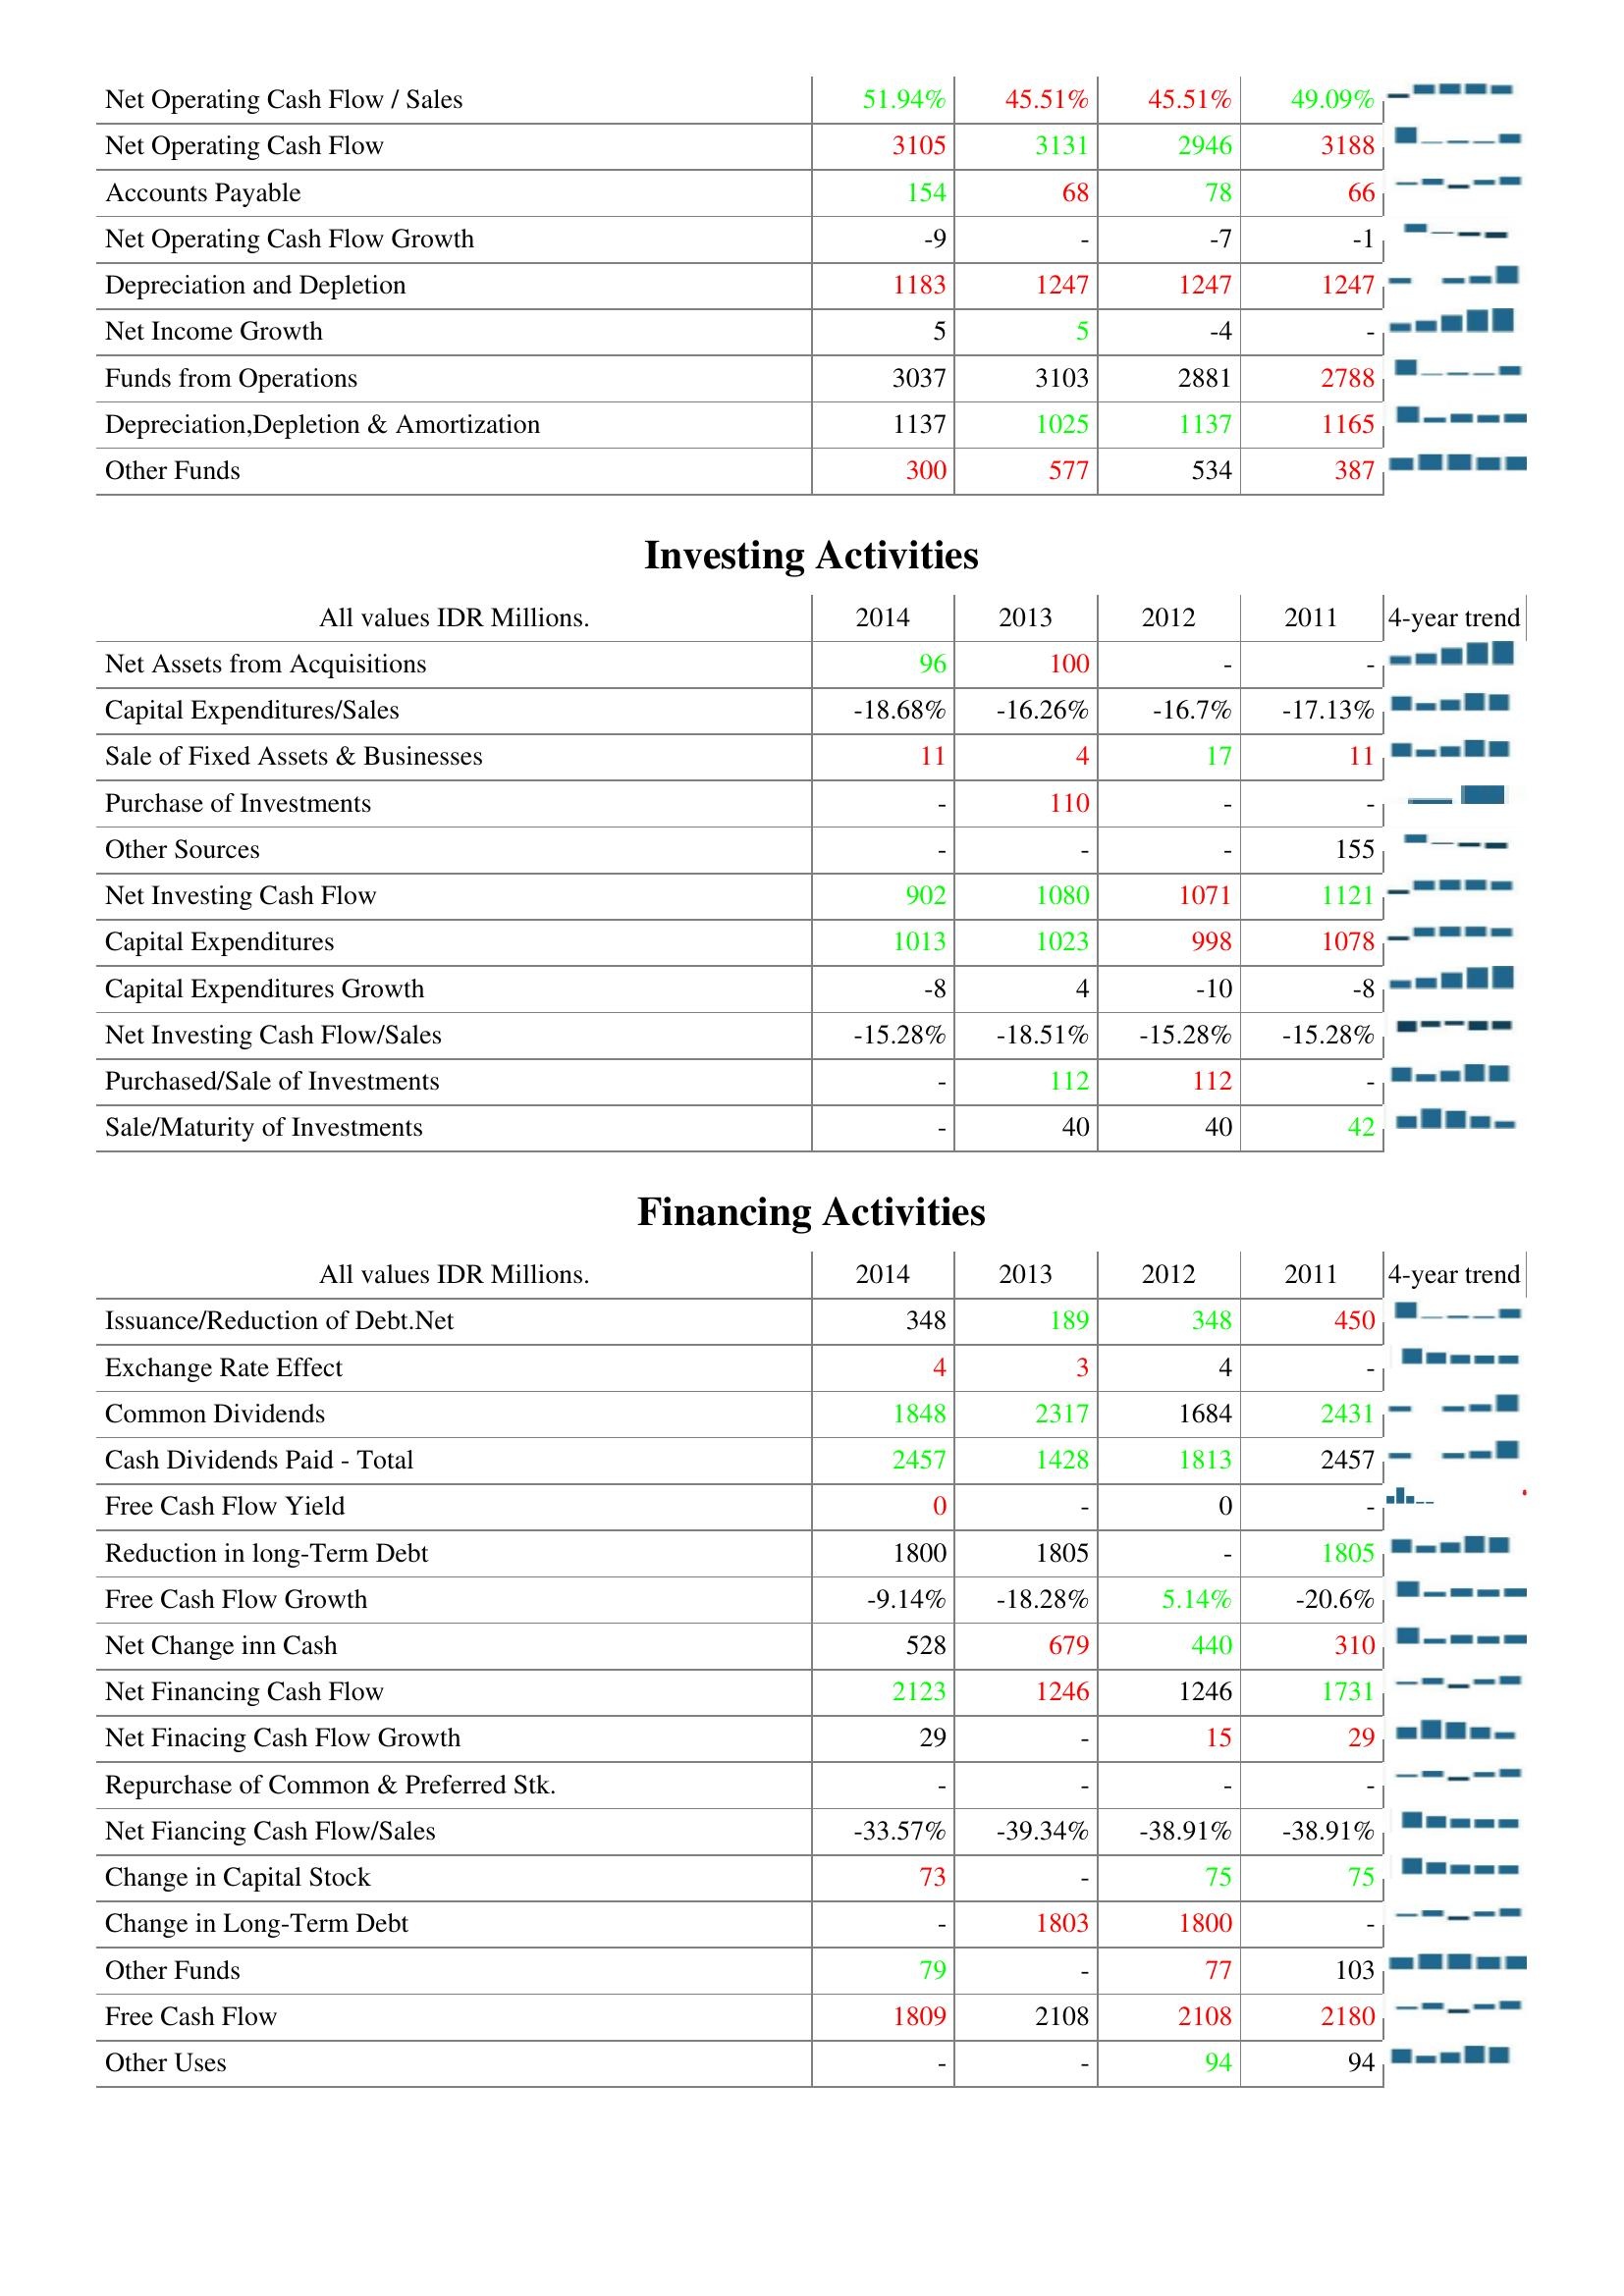
2014: Operating Activities: Net Operating Cash Flow / Sales: 51.94%
Net Operating Cash Flow: 3105
Accounts Payable: 154
Net Operating Cash Flow Growth: -9
Depreciation and Depletion: 1183
Net Income Growth: 5
Funds from Operations: 3037
Depreciation,Depletion & Amortization: 1137
Other Funds: 300
Investing Activities: Net Assets from Acquisitions: 96
Capital Expenditures/Sales: -18.68%
Sale of Fixed Assets & Businesses: 11
Purchase of Investments: -
Other Sources: -
Net Investing Cash Flow: 902
Capital Expenditures: 1013
Capital Expenditures Growth: -8
Net Investing Cash Flow/Sales: -15.28%
Purchased/Sale of Investments: -
Sale/Maturity of Investments: -
Financing Activities: Issuance/Reduction of Debt.Net: 348
Exchange Rate Effect: 4
Common Dividends: 1848
Cash Dividends Paid - Total: 2457
Free Cash Flow Yield: 0
Reduction in long-Term Debt: 1800
Free Cash Flow Growth: -9.14%
Net Change inn Cash: 528
Net Financing Cash Flow: 2123
Net Finacing Cash Flow Growth: 29
Repurchase of Common & Preferred Stk.: -
Net Fiancing Cash Flow/Sales: -33.57%
Change in Capital Stock: 73
Change in Long-Term Debt: -
Other Funds: 79
Free Cash Flow: 1809
Other Uses: -
2013: Operating Activities: Net Operating Cash Flow / Sales: 45.51%
Net Operating Cash Flow: 3131
Accounts Payable: 68
Net Operating Cash Flow Growth: -
Depreciation and Depletion: 1247
Net Income Growth: 5
Funds from Operations: 3103
Depreciation,Depletion & Amortization: 1025
Other Funds: 577
Investing Activities: Net Assets from Acquisitions: 100
Capital Expenditures/Sales: -16.26%
Sale of Fixed Assets & Businesses: 4
Purchase of Investments: 110
Other Sources: -
Net Investing Cash Flow: 1080
Capital Expenditures: 1023
Capital Expenditures Growth: 4
Net Investing Cash Flow/Sales: -18.51%
Purchased/Sale of Investments: 112
Sale/Maturity of Investments: 40
Financing Activities: Issuance/Reduction of Debt.Net: 189
Exchange Rate Effect: 3
Common Dividends: 2317
Cash Dividends Paid - Total: 1428
Free Cash Flow Yield: -
Reduction in long-Term Debt: 1805
Free Cash Flow Growth: -18.28%
Net Change inn Cash: 679
Net Financing Cash Flow: 1246
Net Finacing Cash Flow Growth: -
Repurchase of Common & Preferred Stk.: -
Net Fiancing Cash Flow/Sales: -39.34%
Change in Capital Stock: -
Change in Long-Term Debt: 1803
Other Funds: -
Free Cash Flow: 2108
Other Uses: -
2012: Operating Activities: Net Operating Cash Flow / Sales: 45.51%
Net Operating Cash Flow: 2946
Accounts Payable: 78
Net Operating Cash Flow Growth: -7
Depreciation and Depletion: 1247
Net Income Growth: -4
Funds from Operations: 2881
Depreciation,Depletion & Amortization: 1137
Other Funds: 534
Investing Activities: Net Assets from Acquisitions: -
Capital Expenditures/Sales: -16.7%
Sale of Fixed Assets & Businesses: 17
Purchase of Investments: -
Other Sources: -
Net Investing Cash Flow: 1071
Capital Expenditures: 998
Capital Expenditures Growth: -10
Net Investing Cash Flow/Sales: -15.28%
Purchased/Sale of Investments: 112
Sale/Maturity of Investments: 40
Financing Activities: Issuance/Reduction of Debt.Net: 348
Exchange Rate Effect: 4
Common Dividends: 1684
Cash Dividends Paid - Total: 1813
Free Cash Flow Yield: 0
Reduction in long-Term Debt: -
Free Cash Flow Growth: 5.14%
Net Change inn Cash: 440
Net Financing Cash Flow: 1246
Net Finacing Cash Flow Growth: 15
Repurchase of Common & Preferred Stk.: -
Net Fiancing Cash Flow/Sales: -38.91%
Change in Capital Stock: 75
Change in Long-Term Debt: 1800
Other Funds: 77
Free Cash Flow: 2108
Other Uses: 94
2011: Operating Activities: Net Operating Cash Flow / Sales: 49.09%
Net Operating Cash Flow: 3188
Accounts Payable: 66
Net Operating Cash Flow Growth: -1
Depreciation and Depletion: 1247
Net Income Growth: -
Funds from Operations: 2788
Depreciation,Depletion & Amortization: 1165
Other Funds: 387
Investing Activities: Net Assets from Acquisitions: -
Capital Expenditures/Sales: -17.13%
Sale of Fixed Assets & Businesses: 11
Purchase of Investments: -
Other Sources: 155
Net Investing Cash Flow: 1121
Capital Expenditures: 1078
Capital Expenditures Growth: -8
Net Investing Cash Flow/Sales: -15.28%
Purchased/Sale of Investments: -
Sale/Maturity of Investments: 42
Financing Activities: Issuance/Reduction of Debt.Net: 450
Exchange Rate Effect: -
Common Dividends: 2431
Cash Dividends Paid - Total: 2457
Free Cash Flow Yield: -
Reduction in long-Term Debt: 1805
Free Cash Flow Growth: -20.6%
Net Change inn Cash: 310
Net Financing Cash Flow: 1731
Net Finacing Cash Flow Growth: 29
Repurchase of Common & Preferred Stk.: -
Net Fiancing Cash Flow/Sales: -38.91%
Change in Capital Stock: 75
Change in Long-Term Debt: -
Other Funds: 103
Free Cash Flow: 2180
Other Uses: 94